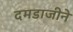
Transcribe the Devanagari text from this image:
दमडाजीने